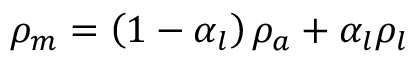
\rho _ { m } = \left( 1 - \alpha _ { l } \right) \rho _ { a } + \alpha _ { l } \rho _ { l }